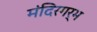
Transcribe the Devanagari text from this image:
मंदिरगर्भ